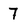
Character: 7